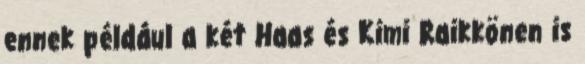
ennek például a két Haas és Kimi Raikkönen is